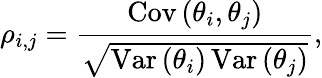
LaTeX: \rho_{i,j}=\frac{\mathrm{Cov}\left(\theta_{i},\theta_{j}\right)}{\sqrt{\mathrm{Var}\left(\theta_{i}\right)\, \mathrm{Var}\left(\theta_{j}\right)}},